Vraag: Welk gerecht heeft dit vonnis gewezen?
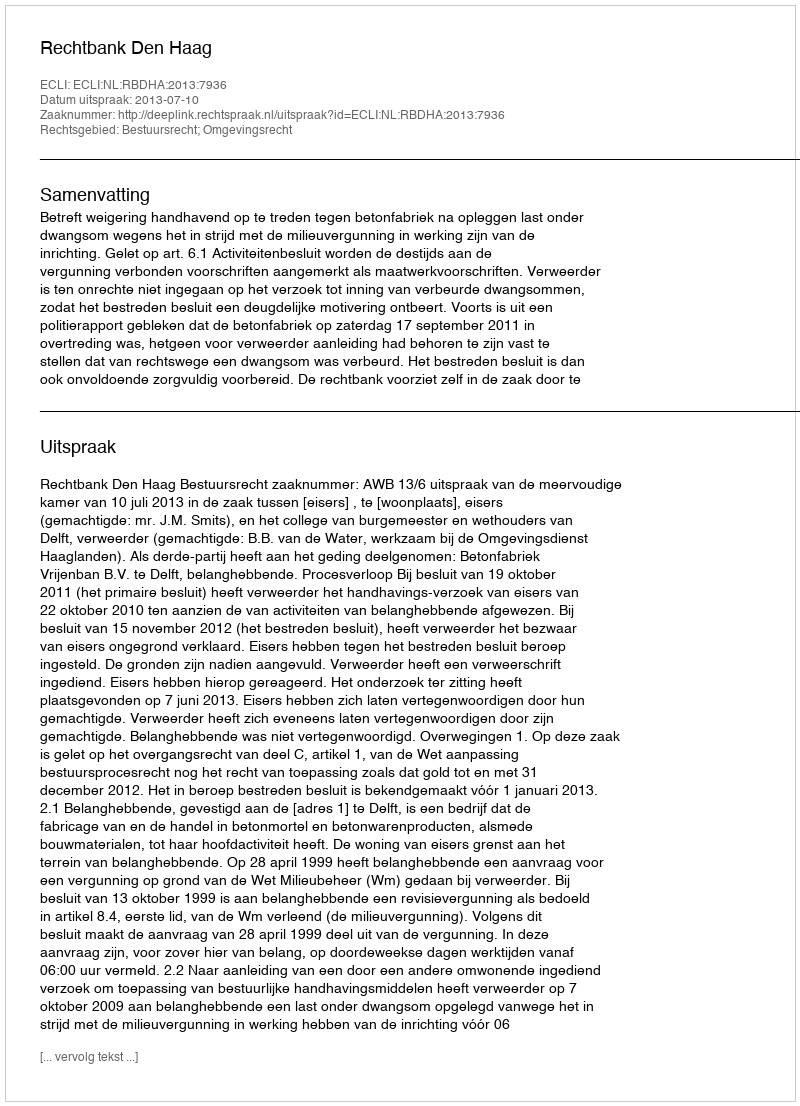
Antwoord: Rechtbank Den Haag